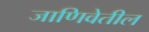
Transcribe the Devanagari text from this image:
जाणिवेतील